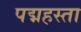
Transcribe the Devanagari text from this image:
पद्महस्ता